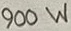
Text: 900W